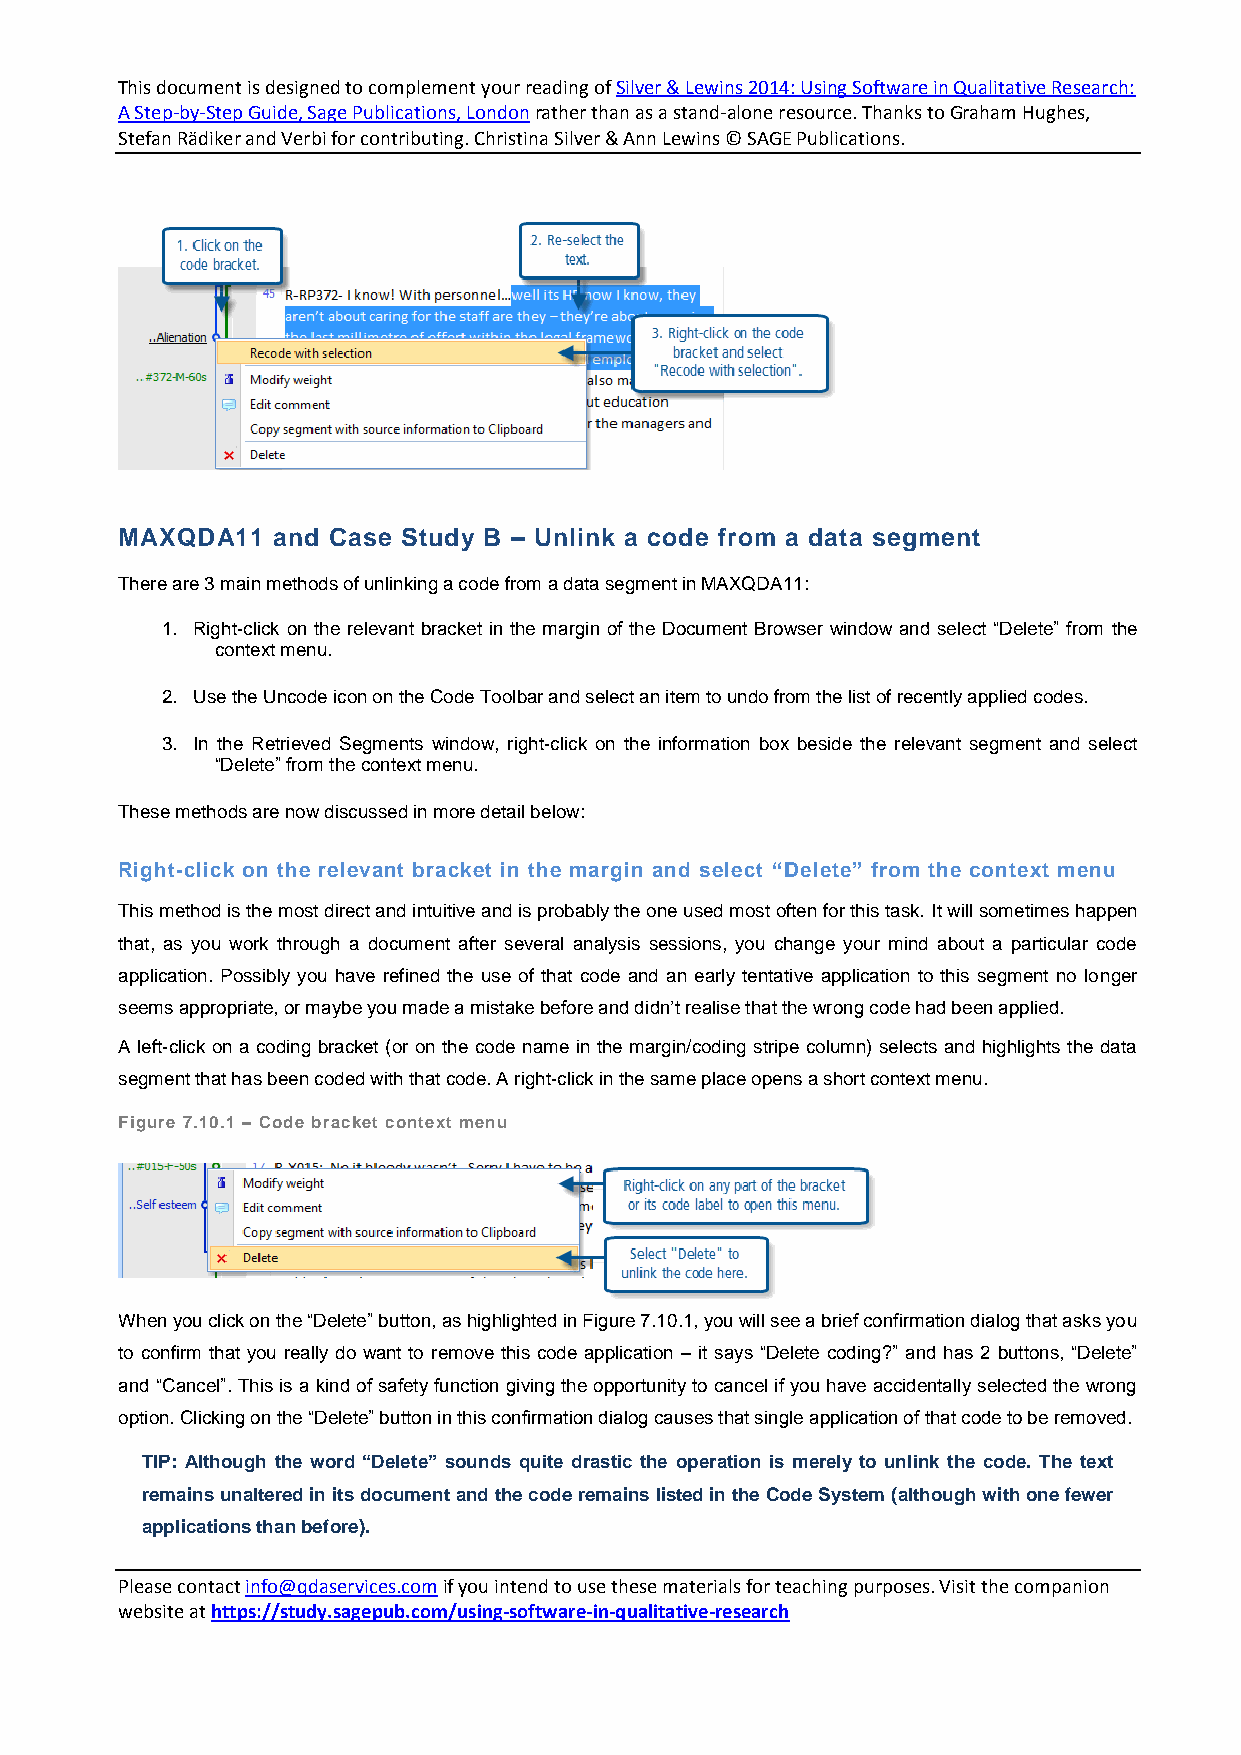
This document is designed to complement your reading of Silver & Lewins 2014: Using Software in Qualitative Research:
 A Step-by-Step Guide, Sage Publications, London rather than as a stand-alone resource. Thanks to Graham Hughes,
 Stefan Rädiker and Verbi for contributing. Christina Silver & Ann Lewins © SAGE Publications.
 MAXQDA11  and Case Study B – Unlink a code from a data segment
 There are 3 main methods of unlinking a code from a data segment in MAXQDA11:
 1. Right-click on the relevant bracket in the margin of the Document Browser window and select “Delete” from the
 context menu.
 2. Use the Uncode icon on the Code Toolbar and select an item to undo from the list of recently applied codes.
 3. In the Retrieved Segments window, right-click on the information box beside the relevant segment and select
 “Delete” from the context menu.
 These methods are now discussed in more detail below:
 Right-click on the relevant bracket in the margin and select “Delete” from the context menu
 This method is the most direct and intuitive and is probably the one used most often for this task. It will sometimes happen
 that, as you work through a document after several analysis sessions, you change your mind about a particular code
 application. Possibly you have refined the use of that code and an early tentative application to this segment no longer
 seems appropriate, or maybe you made a mistake before and didn’t realise that the wrong code had been applied.
 A left-click on a coding bracket (or on the code name in the margin/coding stripe column) selects and highlights the data
 segment that has been coded with that code. A right-click in the same place opens a short context menu.
 Figure 7.10.1 – Code bracket context menu
 When you click on the “Delete” button, as highlighted in Figure 7.10.1, you will see a brief confirmation dialog that asks you
 to confirm that you really do want to remove this code application – it says “Delete coding?” and has 2 buttons, “Delete”
 and “Cancel”. This is a kind of safety function giving the opportunity to cancel if you have accidentally selected the wrong
 option. Clicking on the “Delete” button in this confirmation dialog causes that single application of that code to be removed.
 TIP: Although the word “Delete” sounds quite drastic the operation is merely to unlink the code. The text
 remains unaltered in its document and the code remains listed in the Code System (although with one fewer
 applications than before).
 Please contact info@qdaservices.com if you intend to use these materials for teaching purposes. Visit the companion
 website at https://study.sagepub.com/using-software-in-qualitative-research